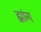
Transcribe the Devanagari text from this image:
ह्मांग